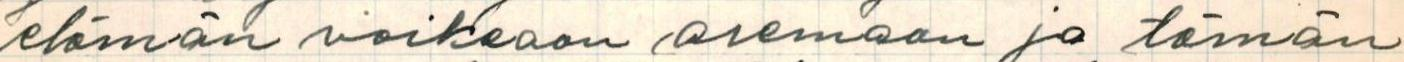
elämän vaikeaan aseman ja tämän